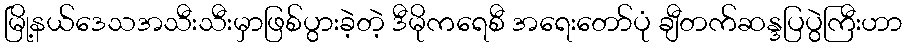
မြို့နယ်ဒေသအသီးသီးမှာဖြစ်ပွားခဲ့တဲ့ ဒီမိုကရေစီ အရေးတော်ပုံ ချီတက်ဆန္ဒပြပွဲကြီးဟာ